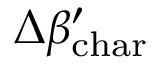
\Delta \beta _ { \mathrm { c h a r } } ^ { \prime }